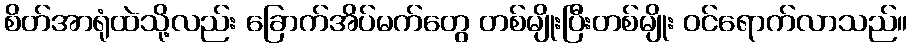
စိတ်အာရုံထဲသို့လည်း ခြောက်အိပ်မက်တွေ တစ်မျိုးပြီးတစ်မျိုး ဝင်ရောက်လာသည်။